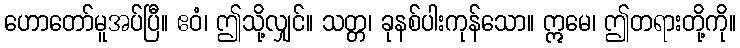
ဟောတော်မူအပ်ပြီ။ ဧဝံ၊ ဤသို့လျှင်။ သတ္တ၊ ခုနစ်ပါးကုန်သော။ ဣမေ၊ ဤတရားတို့ကို။